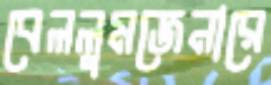
বেললুমজেনারে